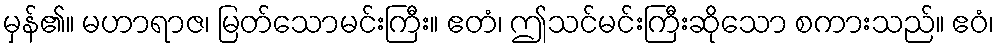
မှန်၏။ မဟာရာဇ၊ မြတ်သောမင်းကြီး။ ဧတံ၊ ဤသင်မင်းကြီးဆိုသော စကားသည်။ ဧဝံ၊